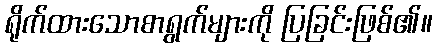
ရိုက်ထားသောစာရွက်များကို ပြခြင်းဖြစ်၏။